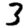
Digit: 3